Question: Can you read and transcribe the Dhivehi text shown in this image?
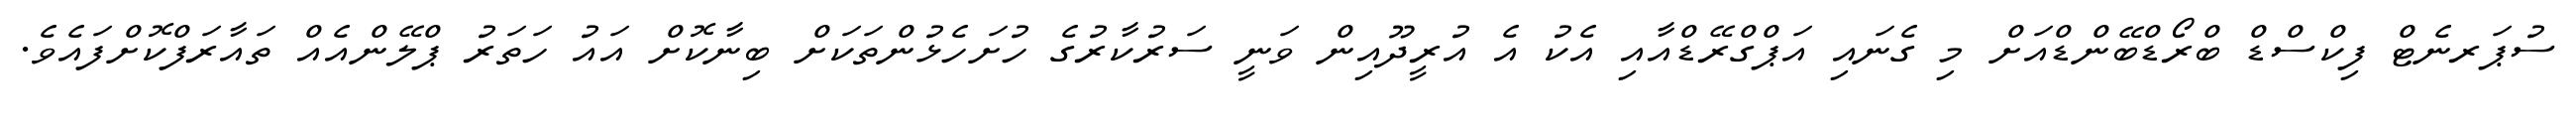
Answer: ސުޕަރނެޓް ފިކްސްޑް ބްރޯޑްބޭންޑްއަށް މި ގެނައި އަޕްގްރޭޑްއާއި އެކު އެ އުރީދޫއިން ވަނީ ސަރުކާރުގެ ހުށަހެޅުންތަކަށް ބިނާކޮށް އައު ހަތަރު ޕްލޭންއެއް ތައާރަފްކޮށްފައެވެ.